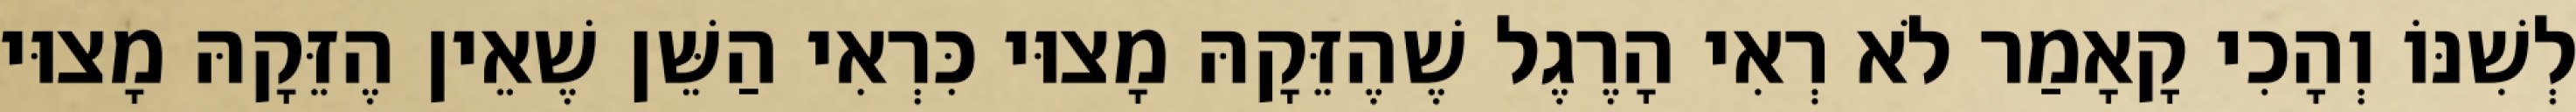
לְשִׁנּוֹ וְהָכִי קָאָמַר לֹא רְאִי הָרֶגֶל שֶׁהֶזֵּקָהּ מָצוּי כִּרְאִי הַשֵּׁן שֶׁאֵין הֶזֵּקָהּ מָצוּי